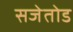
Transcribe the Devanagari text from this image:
सजेतोड